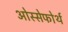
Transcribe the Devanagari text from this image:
ओस्सेफोर्थ